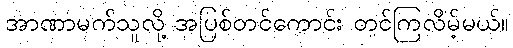
အာဏာမက်သူလို့ အပြစ်တင်ကောင်း တင်ကြလိမ့်မယ်။